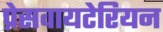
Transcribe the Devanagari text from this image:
प्रेसवायटेरियन